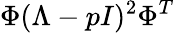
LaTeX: \Phi(\Lambda-pI)^{2}\Phi^{T}